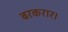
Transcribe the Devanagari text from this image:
बरकरार।